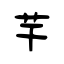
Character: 芉